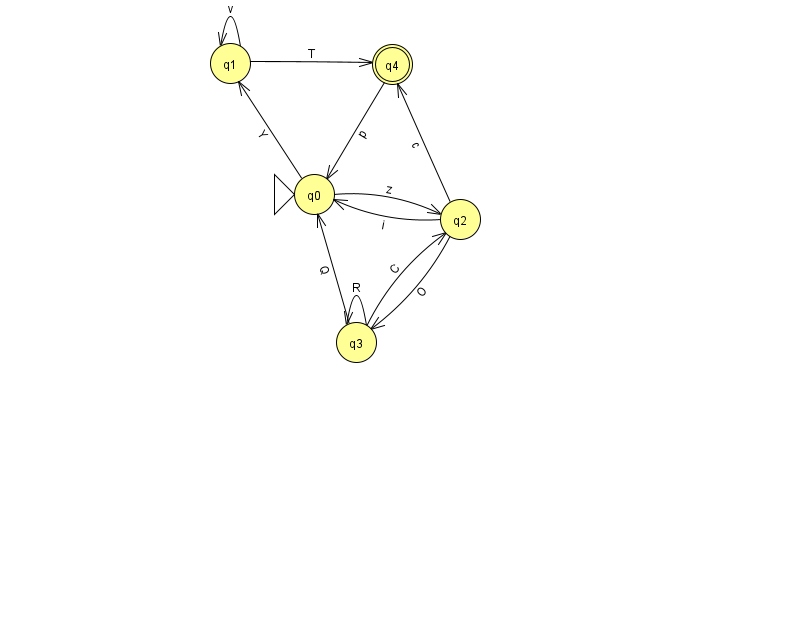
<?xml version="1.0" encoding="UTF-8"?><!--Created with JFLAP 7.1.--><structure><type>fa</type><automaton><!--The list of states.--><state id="0" name="q0"><x>314.0</x><y>181.0</y><initial/></state><state id="1" name="q1"><x>230.0</x><y>50.0</y></state><state id="2" name="q2"><x>460.0</x><y>206.0</y></state><state id="3" name="q3"><x>356.0</x><y>329.0</y></state><state id="4" name="q4"><x>392.0</x><y>51.0</y><final/></state><!--The list of transitions.--><transition><from>3</from><to>0</to><read>Q</read></transition><transition><from>3</from><to>3</to><read>R</read></transition><transition><from>3</from><to>2</to><read>C</read></transition><transition><from>1</from><to>1</to><read>v</read></transition><transition><from>1</from><to>4</to><read>T</read></transition><transition><from>0</from><to>2</to><read>z</read></transition><transition><from>2</from><to>4</to><read>c</read></transition><transition><from>4</from><to>0</to><read>p</read></transition><transition><from>2</from><to>0</to><read>i</read></transition><transition><from>0</from><to>1</to><read>Y</read></transition><transition><from>2</from><to>3</to><read>O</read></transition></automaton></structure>